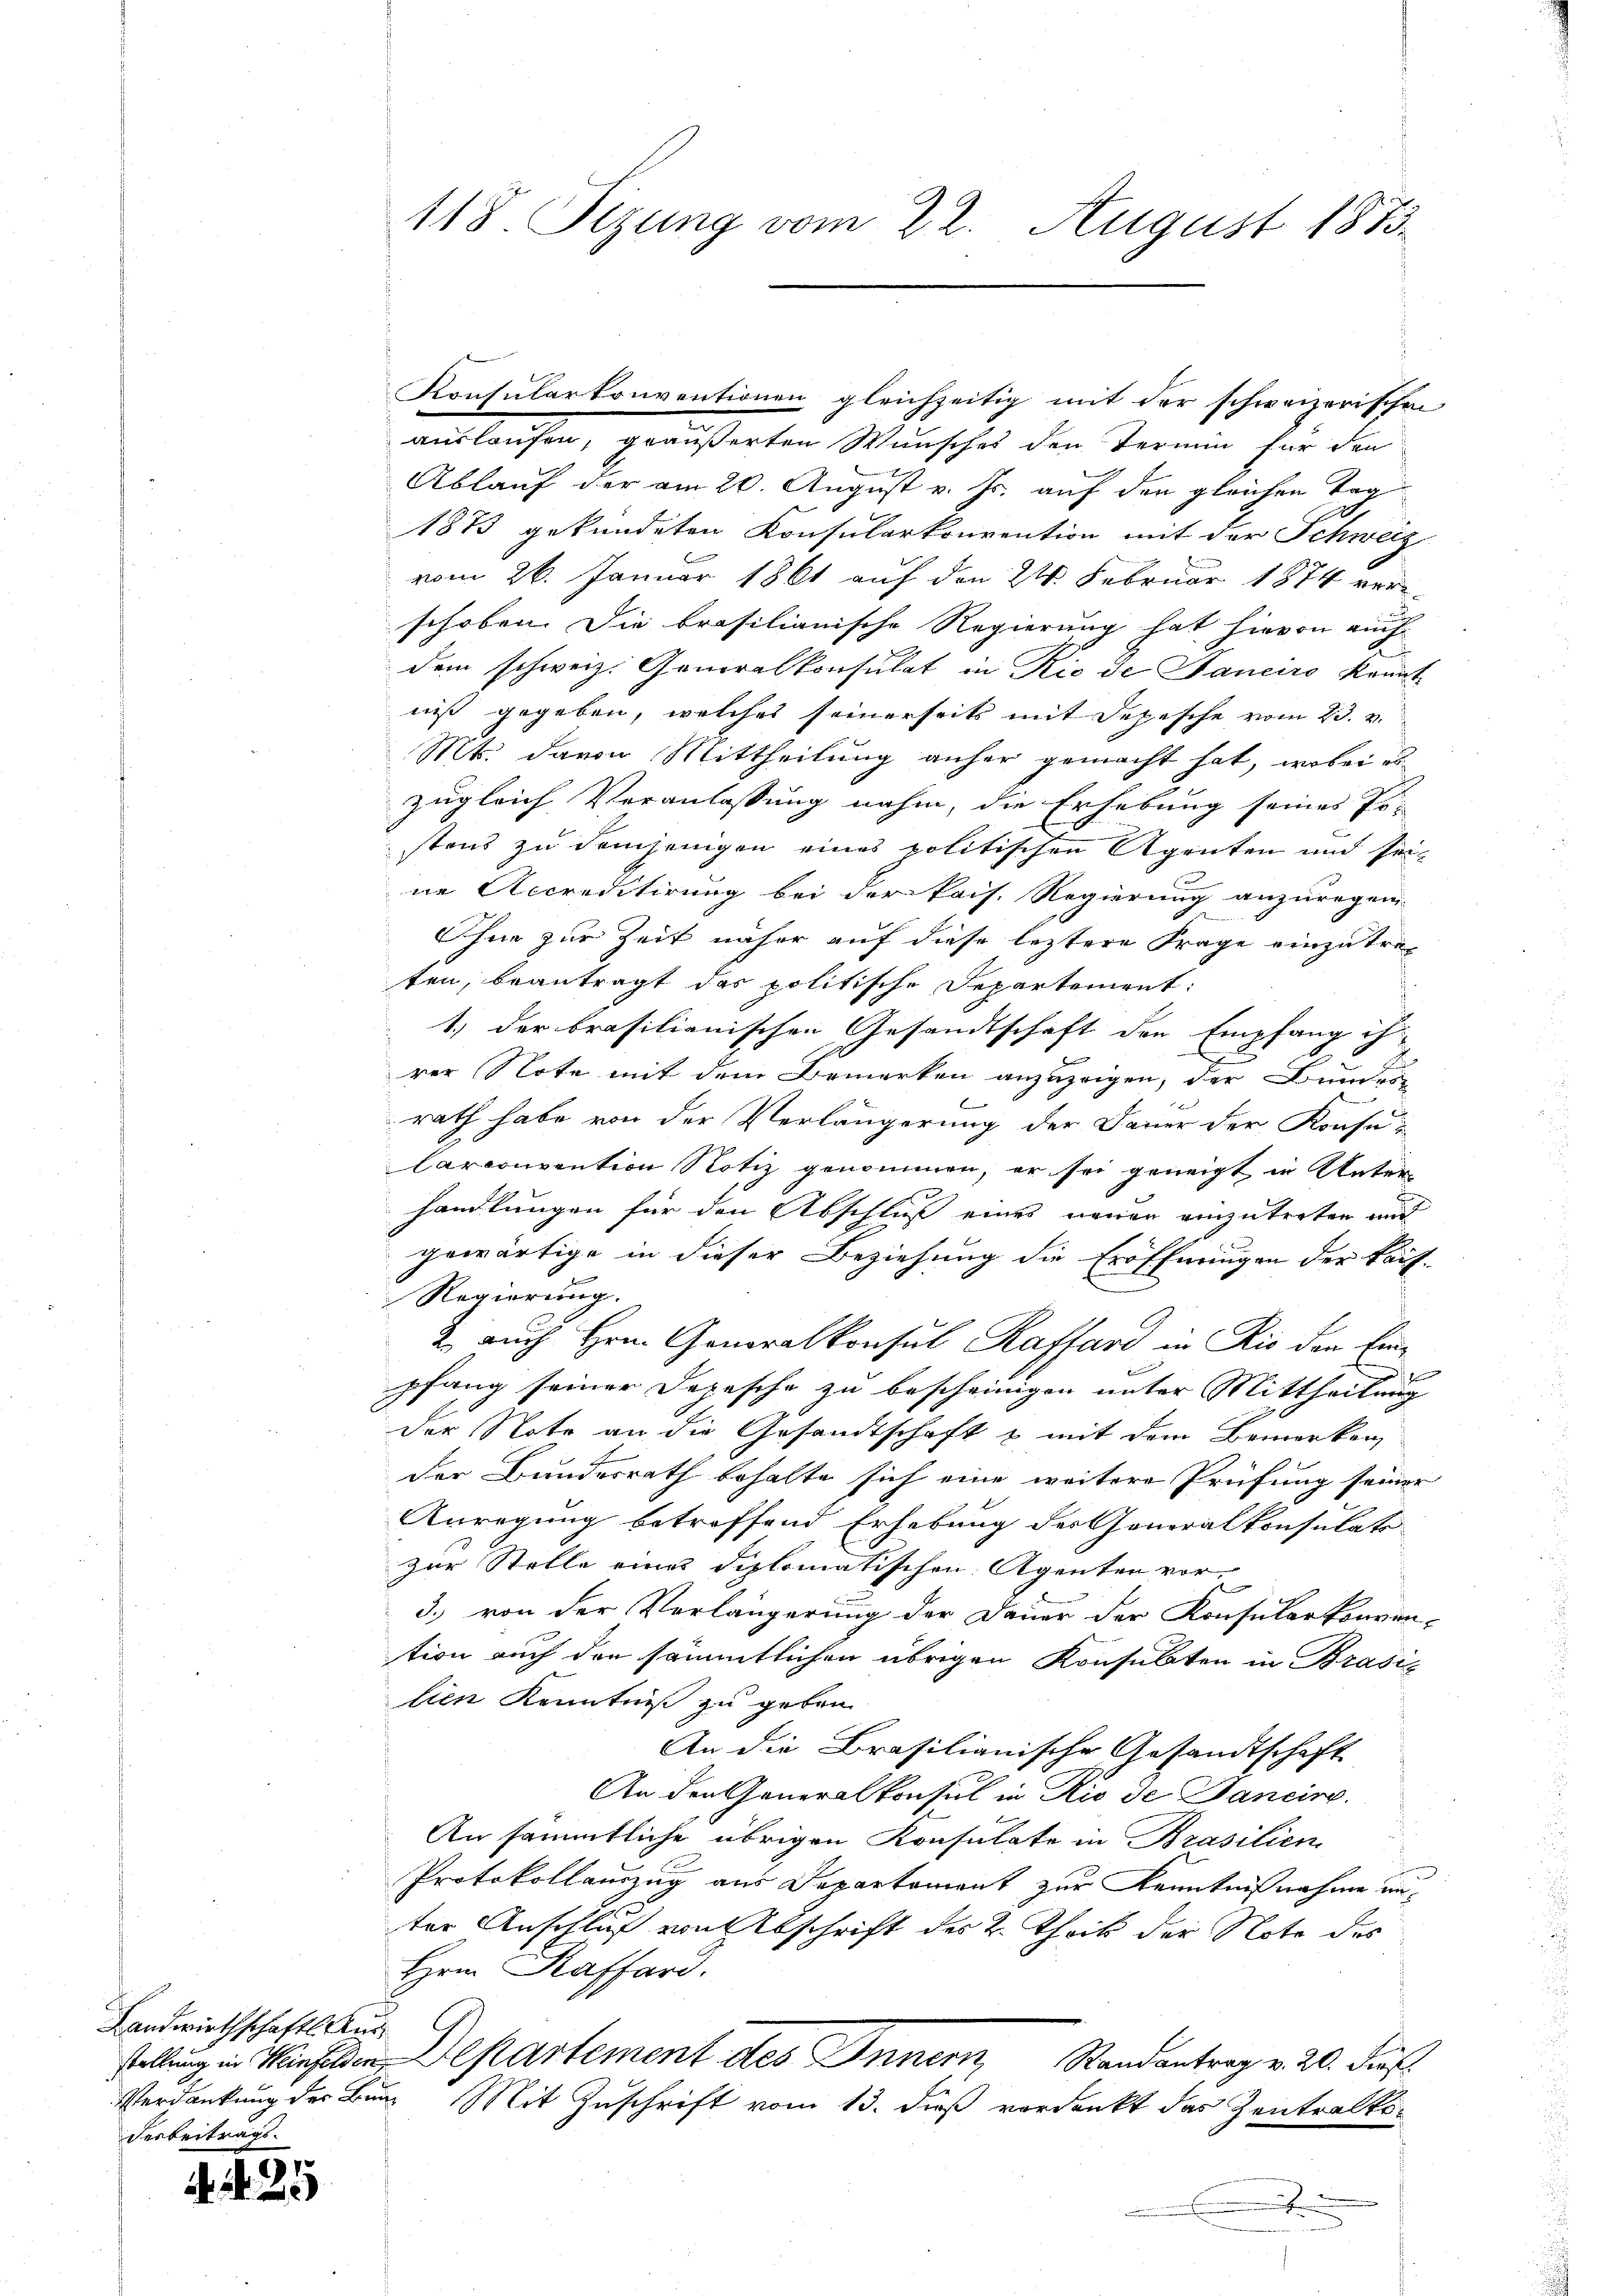
Landwirthschaft Ausderbeitrags.

9
A

Konsularkonventionen gleichzeitig mit der schweizerischen
auslaufen, geäußerten Wunsches den Termin für den
Ablauf der am 20. August v. Js. auf den gleichen Tag
1875 gekündeten Konsularkonvention mit der Schweiz
vom 26. Januar 1861 auf den 24. Februar 1874 ver-
schoben. Die brasilianische Regierung hat hievon auch
dem schweiz. Generalkonsulat in Rio de Janeiro konnt
niß gegeben, welches seinerseits mit Depesche vom 23. v.
Mt. davon Mittheilung anher gemacht hat, wobei es
zugleich Veranlassung nahm, die Erhebung seines Er-
stens zu demjenigen eines politischen Agenten und seine Accreditirung bei der Pois. Regierung anzuregen
Ohne zur Zeit näher auf diese leztere Frage einzutreten, beantragt das politische Departement:
1.) der brasilianischen Gesandtschaft den Empfang ihrer Note mit dem Bemerken anzuzeigen, der Bunden
8
rath habe von der Verlängerung der Dauer der Konsu
Carconvention Notiz genommen, er sei geneigt in Unter
handlungen für den Abschluß eines neuen einzutreten und
gewärtige in dieser Beziehung die Eröffnungen der Kauf-
Regierung.
2. auch Hrn. Generalkonsul Raffard in Rio den Einpfang seiner Depesche zu bescheinigen unter Mittheilung
der Note an die Gesandtschaft & mit dem Bemerken,
der Bundesrath behalte sich eine weitere Prüfung seiner
Anregung betreffend Erhebung des Generalkonsulati
zur Stelle eines diplomatischen Agenten vor-
3.) von der Verlängerung der Dauer der Konsularkonven-
tion auch den sämmtlichen übrigen Konsulaten in Brasi-
lien Kenntniß zu geben.
An die Brasilianische Gesandtschaft
An den Generalkonsul in Rio de Bancire.
An sämmtliche übrigen Konsulate in Brasilien
Protokollauszug aus Departement zur Kenntnißnahme unter Anschluß von Abschrift des 2. Thoik der Note des
Hrn Kaffard.
stellung in Weinfelden Departement des Innern Randantrag v. 20. dies
Verdankung der Bund Mit Zuschrift vom 13. dieß verdankt das Zentralko-
.

118 Sizung vom 22. August 1873.